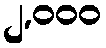
၂,၀၀၀